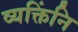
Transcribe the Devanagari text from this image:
व्यक्तिंनि